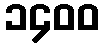
၁၄၀၀